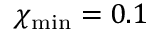
\chi _ { \mathrm { m i n } } = 0 . 1